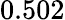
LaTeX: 0.502